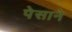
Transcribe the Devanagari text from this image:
पेसाने